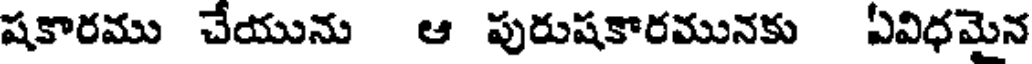
షకారము చేయును ఆ పురుషకారమునకు ఏవిధమైన